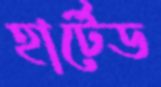
হার্টেড